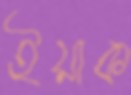
ইয়াক